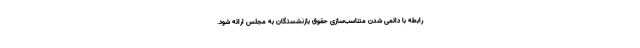
رابطه با دائمی شدن متناسب‌سازی حقوق بازنشستگان به مجلس ارائه شود.